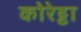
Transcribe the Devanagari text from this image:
कोरेट्टा